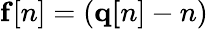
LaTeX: {\mathbf f[n]}=({\mathbf q}{\mathbf[n]-n)}